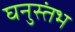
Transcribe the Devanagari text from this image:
घनुस्तंभ